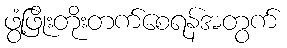
ဖွံ့ဖြိုးတိုးတက်စေရန်အတွက်